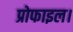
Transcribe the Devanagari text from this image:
प्रोफाइल।